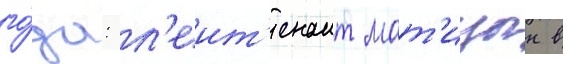
го́да: л'еит'енант мат'ицын в